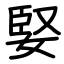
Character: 婜